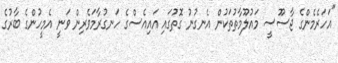
"އަހަރެމެންގެ ޖާސޫސީ މައުލޫމާތުތަކުން އެނގުނު ގޮތުގައި އައިއެސްގެ ހަނގުރާމަވެރިން ވަނީ އެމީހުންގެ ބާރުގެ